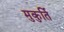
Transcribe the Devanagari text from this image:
मुकुर्ति